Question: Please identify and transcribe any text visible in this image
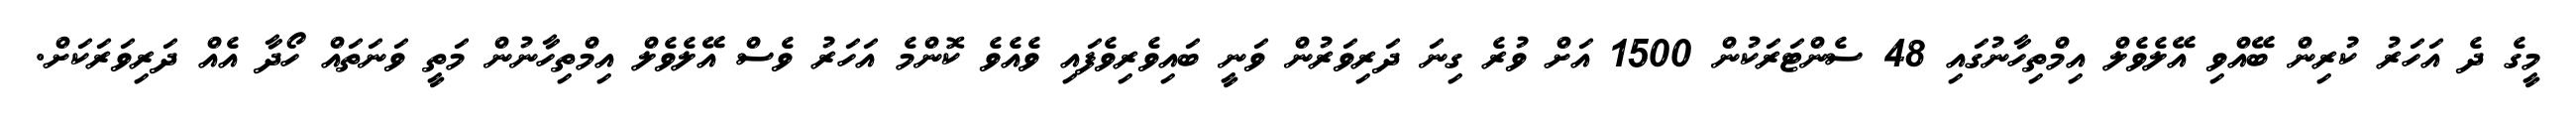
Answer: މީގެ ދެ އަހަރު ކުރިން ބޭއްވި އޭލެވެލް އިމްތިހާނުގައި 48 ސެންޓަރަކުން 1500 އަށް ވުރެ ގިނަ ދަރިވަރުން ވަނީ ބައިވެރިވެފައި ވެއެވެ ކޮންމެ އަހަރު ވެސް އޭލެވެލް އިމްތިހާނުން މަތީ ވަނަތައް ހޯދާ އެއް ދަރިވަރަކަށް.